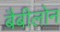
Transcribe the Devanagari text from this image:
बैबीलोन